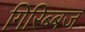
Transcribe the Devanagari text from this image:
गिरिब्बज